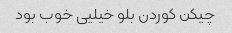
چیکن کوردن بلو خیلیی خوب بود